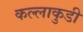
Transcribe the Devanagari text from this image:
कल्लाकुडी